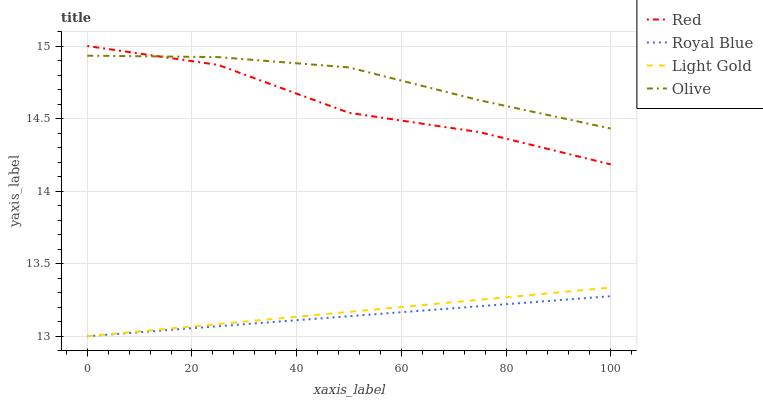
| xaxis_label | Red | Royal Blue | Light Gold | Olive |
 | --- | --- | --- | --- | --- |
 | 0 | 15 | 13 | 13 | 14.9 |
 | 25 | 14.9 | 13.1 | 13.1 | 14.9 |
 | 50 | 14.5 | 13.1 | 13.2 | 14.9 |
 | 75 | 14.4 | 13.2 | 13.3 | 14.6 |
 | 100 | 14.2 | 13.3 | 13.3 | 14.4 |